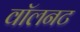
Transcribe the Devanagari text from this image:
वॉलनट